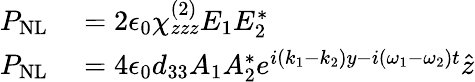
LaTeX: \begin{array}{rl}{P_{\mathrm{NL}}}&{{}=2\epsilon_{0}\chi_{zzz}^{(2)}E_{1}E_{2}^{*}}\\ {P_{\mathrm{NL}}}&{{}=4\epsilon_{0}d_{33}A_{1}A_{2}^{*}e^{i(k_{1}-k_{2})y-i(\omega_{1}-\omega_{2})t}\hat{z}}\end{array}